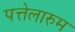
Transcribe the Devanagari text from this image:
पत्तेलारुम